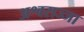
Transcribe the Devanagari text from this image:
अश्वसज्जा